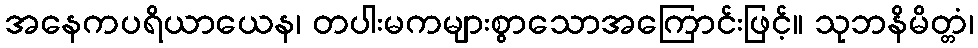
အနေကပရိယာယေန၊ တပါးမကများစွာသောအကြောင်းဖြင့်။ သုဘနိမိတ္တံ၊